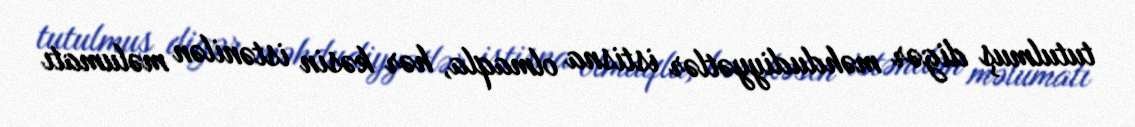
tutulmuş digər məhdudiyyətlər istisna olmaqla, hər kəsin istənilən məlumatı